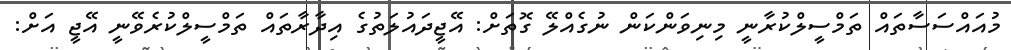
މުއައްސަސާތައް ތަމްސީލްކުރާނީ މިނިވަންކަން ނުގެއްލޭ ގޮތަށް: އޭޖީދައުލަތުގެ އިދާރާތައް ތަމްސީލްކުރެވޭނީ އޭޖީ އަށް: